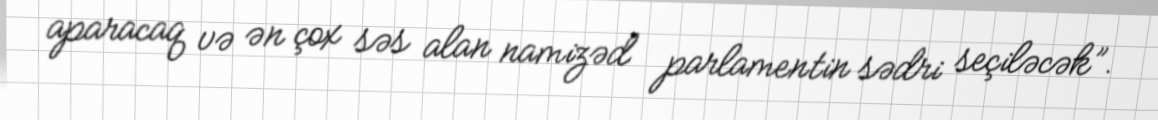
aparacaq və ən çox səs alan namizəd parlamentin sədri seçiləcək”.